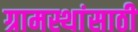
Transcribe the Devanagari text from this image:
ग्रामस्थांसाठी